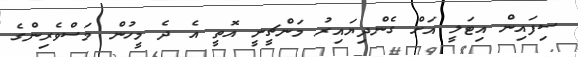
ސިފައިން އިޓަލީ އަށް ގެންދިޔައިރު މަންޗީނީ އޮތީ އެ ދެ މީހުން މަސްވެރިންގެ